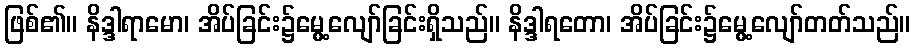
ဖြစ်၏။ နိဒ္ဒါရာမော၊ အိပ်ခြင်း၌မွေ့လျော်ခြင်းရှိသည်။ နိဒ္ဒါရတော၊ အိပ်ခြင်း၌မွေ့လျော်တတ်သည်။